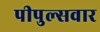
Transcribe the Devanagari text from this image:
पीपुल्सवार